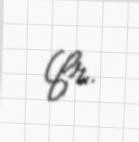
(fr.